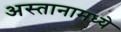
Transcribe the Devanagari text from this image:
अस्तानामध्ये